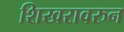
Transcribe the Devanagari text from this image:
शिखरावरुन